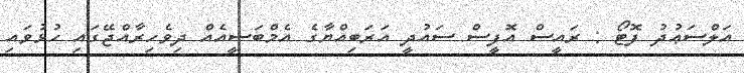
އަލްސަޢުދު ފޮޓޯ : ރައީސް އޮފީސް ސައުދީ އަރަބިއްޔާގެ އެމްބަސީއެއް ދިވެހިރާއްޖޭގައި ހުޅުވައި